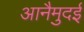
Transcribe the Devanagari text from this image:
आनैमुदई